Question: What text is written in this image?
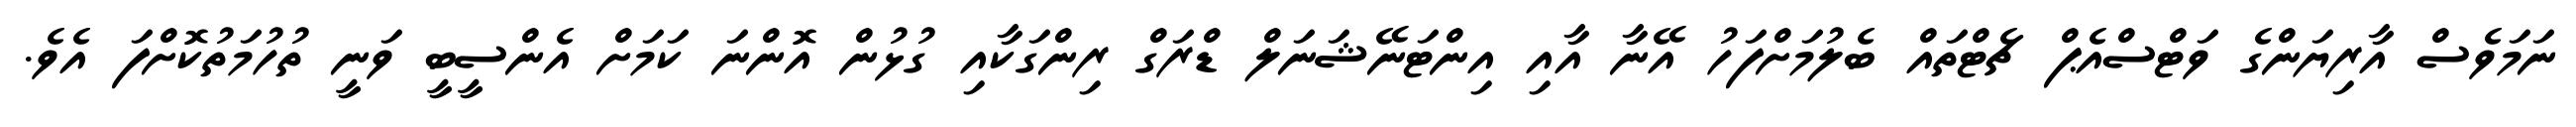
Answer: ނަމަވެސް އާރިޔަންގެ ވަޓްސްއެޕް ޗެޓްތައް ބެލުމަށްފަހު އޭނާ އާއި އިންޓަނޭޝަނަލް ޑްރަގް ރިންގަކާއި ގުޅުން އޮންނަ ކަމަށް އެންސީބީ ވަނީ ތުހުމަތުކޮށްފަ އެވެ.